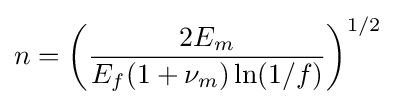
n=\left({\frac {2E_{m}}{E_{f}(1+\nu _{m})\ln(1/f)}}\right)^{1/2}